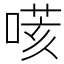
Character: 𠹽